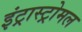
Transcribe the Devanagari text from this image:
इंट्रास्ट्रोमल